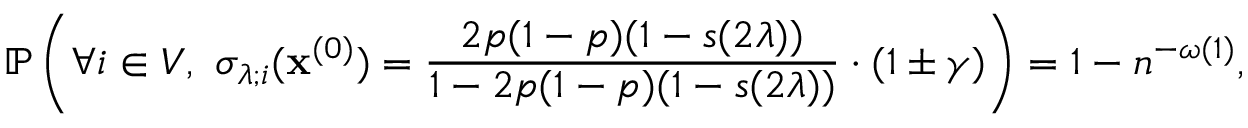
\mathbb { P } \left( \forall i \in V , \, \, \sigma _ { \lambda ; i } ( \mathbf { x } ^ { ( 0 ) } ) = \frac { 2 p ( 1 - p ) ( 1 - { s ( 2 \lambda ) } ) } { 1 - 2 p ( 1 - p ) ( 1 - { s ( 2 \lambda ) } ) } \cdot ( 1 \pm \gamma ) \right) = 1 - n ^ { - \omega ( 1 ) } ,